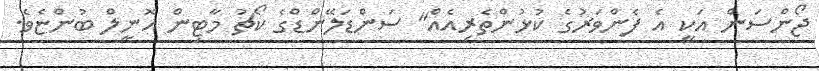
ޖޯންސަން އަކީ އެ ފެންވަރުގެ ކުޅުންތެރިއެއް" ސަންޑަލޭންޑްގެ ކޯޗު މާޓިން އޮނީލް ބުންޏެވެ.